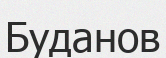
Буданов